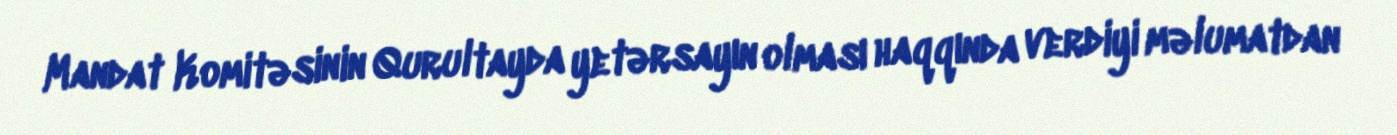
Mandat Komitəsinin Qurultayda yetərsayın olması haqqında verdiyi məlumatdan